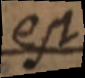
est